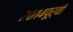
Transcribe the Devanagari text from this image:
२०१४पूर्वी